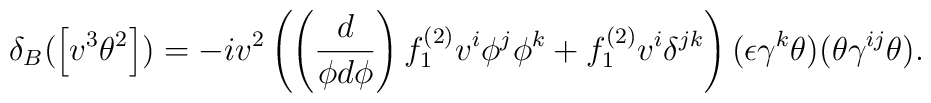
\delta_B ( \left[ v^3  \theta^2 \right]   ) =-i v^2 \left( \left( \frac{d}{\phi d \phi} \right) f^{(2)}_1    v^i \phi^j \phi^k + f^{(2)}_1 v^i \delta^{jk} \right) (\epsilon \gamma^k \theta ) (\theta \gamma^{ij} \theta ) .